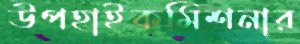
উপহাইকমিশনার